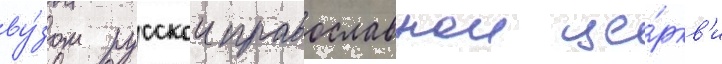
ву́зом русскои православнои це́ркв'и